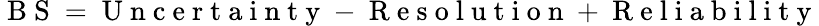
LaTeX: \mathrm{~B~S~}=\mathrm{~U~n~c~e~r~t~a~i~n~t~y~}-\mathrm{~R~e~s~o~l~u~t~i~o~n~}+\mathrm{~R~e~l~i~a~b~i~l~i~t~y~}